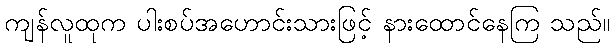
ကျန်လူထုက ပါးစပ်အဟောင်းသားဖြင့် နားထောင်နေကြ သည်။